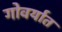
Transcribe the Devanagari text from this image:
गोवर्यात